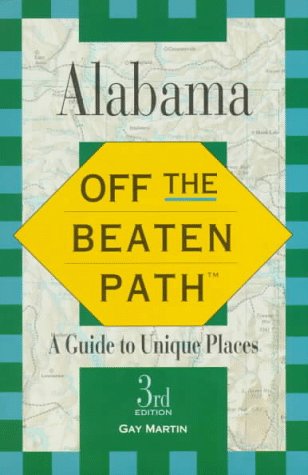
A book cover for Alabama: Off the Beaten Path (3rd ed); Gay N. Martin; Travel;